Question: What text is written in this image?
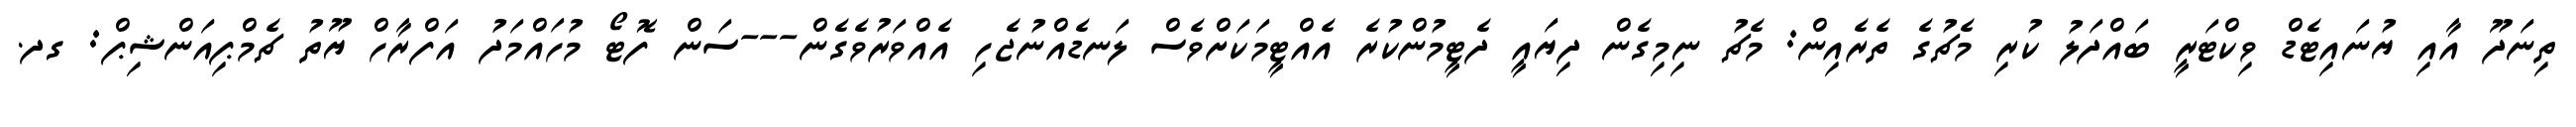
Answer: ތިނަދޫ އާއި ޔުނައިޓެޑް ވިކްޓަރީ ބައްދަލު ކުރި މެޗުގެ ތެރެއިން: މެޗު ނިމިގެން ދިޔައީ ދެޓީމުންކުރެ އެއްޓީމަކަށްވެސް ލަނޑެއްނުޖެހި އެއްވަރުވެގެން---ސަން ފޮޓޯ މުހައްމަދު އަފްރާހް ޔޫތު ޗެމްޕިއަންޝިޕް: ގދ.